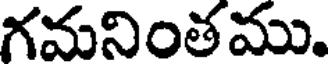
గమనింతము.